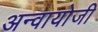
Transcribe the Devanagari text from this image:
अन्वायोजी